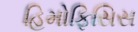
હિમોફિસિસ